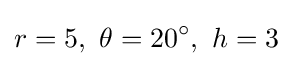
r=5,\ \theta =20^{\circ },\ h=3